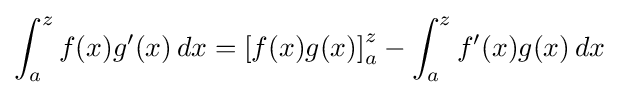
\int _{a}^{z}f(x)g'(x)\,dx=\left[f(x)g(x)\right]_{a}^{z}-\int _{a}^{z}f'(x)g(x)\,dx